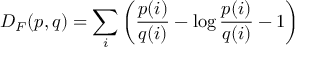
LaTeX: D _ { F } ( p , q ) = \sum _ { i } \left( { \frac { p ( i ) } { q ( i ) } } - \log { \frac { p ( i ) } { q ( i ) } } - 1 \right)